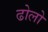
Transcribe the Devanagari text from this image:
ढोलो